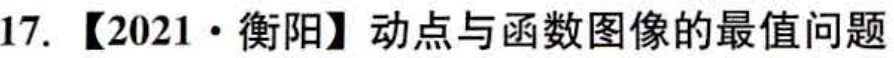
17. 【2021·衡阳】动点与函数图像的最值问题